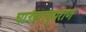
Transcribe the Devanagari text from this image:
चाउंडरायुपराण